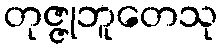
တုဇ္ဇုဘူတေသု